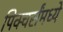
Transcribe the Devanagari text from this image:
पिक्चर्संमध्ये